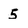
Character: 5